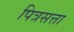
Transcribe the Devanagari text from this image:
पित्रसत्ता